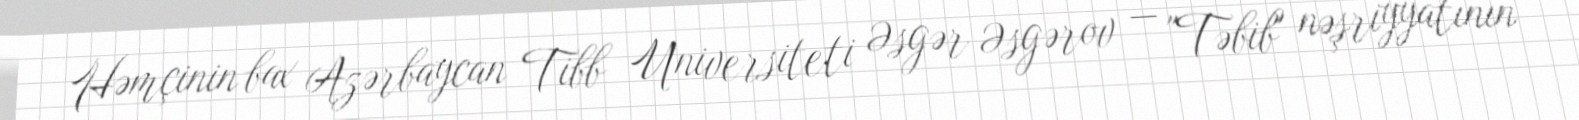
Həmçinin bax Azərbaycan Tibb Universiteti Əsgər Əsgərov — "Təbib" nəşriyyatının